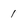
Character: 1